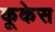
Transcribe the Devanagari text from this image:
कूकेस